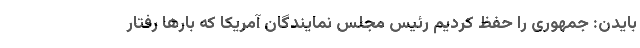
بایدن: جمهوری را حفظ کردیم رئیس مجلس نمایندگان آمریکا که بارها رفتار